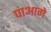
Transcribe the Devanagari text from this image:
पाआगे